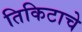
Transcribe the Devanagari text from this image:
तिकिटाचे